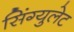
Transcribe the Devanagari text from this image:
सिंग्युलेट